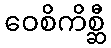
ဝေစိကိစ္ဆီ